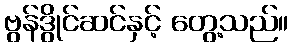
ဗွန်ဒွိုင်ဆင်နှင့် တွေ့သည်။